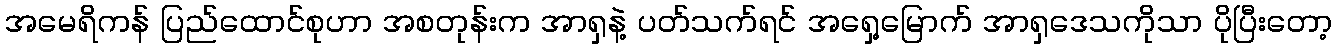
အမေရိကန် ပြည်ထောင်စုဟာ အစတုန်းက အာရှနဲ့ ပတ်သက်ရင် အရှေ့မြောက် အာရှဒေသကိုသာ ပိုပြီးတော့